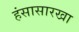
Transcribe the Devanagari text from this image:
हंसासारखा